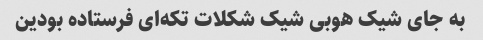
به جای شیک هوبی شیک شکلات تکه‌ای فرستاده بودین